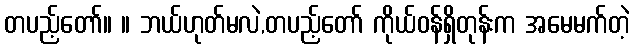
တပည့်တော်။ ။ ဘယ်ဟုတ်မလဲ,တပည့်တော် ကိုယ်ဝန်ရှိတုန်းက အမေမက်တဲ့